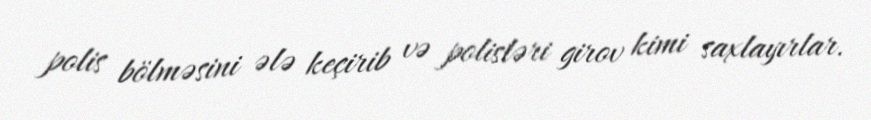
polis bölməsini ələ keçirib və polisləri girov kimi saxlayırlar.